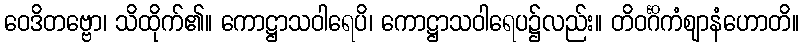
ဝေဒိတဗ္ဗော၊ သိထိုက်၏။ ကောဋ္ဌာသဝါရေပိ၊ ကောဋ္ဌာသဝါရေပ၌လည်း။ တိဝင်္ဂိကံဈာနံဟောတိ။